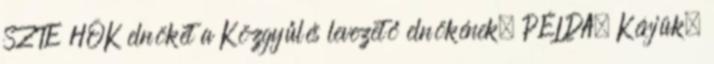
SZTE HÖK elnökét a Közgyűlés levezető elnökének. PÉLDA. Kérjük,